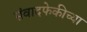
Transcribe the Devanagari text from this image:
संवादफेकीच्या